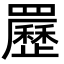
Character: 䍥